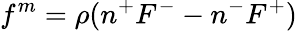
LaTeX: f^{m}=\rho(n^{+}F^{-}-n^{-}F^{+})